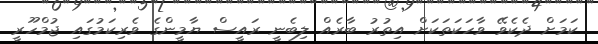
ކަމަށް ދެކެވޭ ވާހަކަތަކަށް އިތުރު ބާރެއް ލިބެނީ ރައީސް ޔާމީންގެ ވެރިކަމުގައި ޖުމްހޫރީ